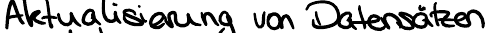
Aktualisierung von Datensätzen